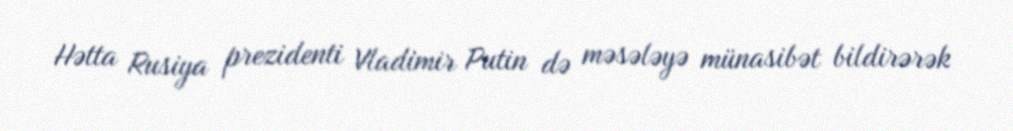
Hətta Rusiya prezidenti Vladimir Putin də məsələyə münasibət bildirərək